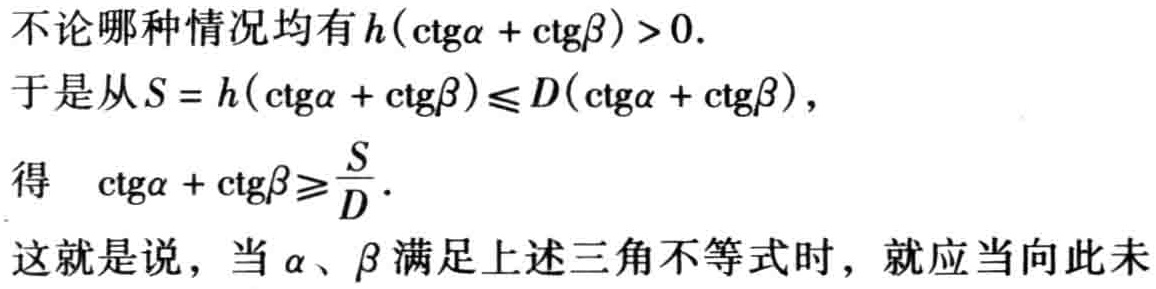
不论哪种情况均有\(h(\mathrm{ctg}\alpha + \mathrm{ctg}\beta )>0.\)
于是从\(S = h(\mathrm{ctg}\alpha + \mathrm{ctg}\beta )\leqslant D(\mathrm{ctg}\alpha + \mathrm{ctg}\beta )\)，
得 \(\mathrm{ctg}\alpha + \mathrm{ctg}\beta \geqslant\frac{S}{D}.\)
这就是说，当\(\alpha\)、\(\beta\)满足上述三角不等式时，就应当向此未